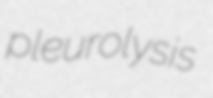
pleurolysis